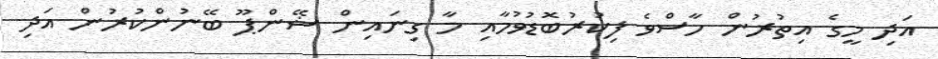
އަދި މީގެ އިތުރުން ހާސްވެ ފިކުރުބޮޑުވުމާއި މާ ގިނައިން ޝޭންޕޫ ބޭނުންކުރުން އަދި